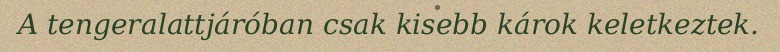
A tengeralattjáróban csak kisebb károk keletkeztek.